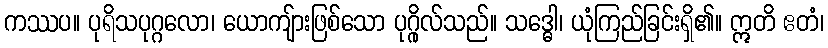
ကဿပ။ ပုရိသပုဂ္ဂလော၊ ယောကျ်ားဖြစ်သော ပုဂ္ဂိုလ်သည်။ သဒ္ဓေါ၊ ယုံကြည်ခြင်းရှိ၏။ ဣတိ ဧတံ၊